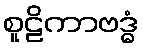
စူဠိကာဗဒ္ဓံ